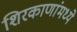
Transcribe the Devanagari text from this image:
शिरकाणांमध्ये